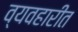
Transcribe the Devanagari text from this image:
व्यवहारीत